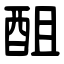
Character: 䣯